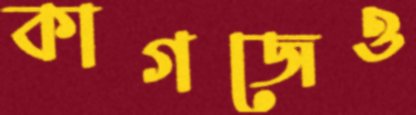
কাগজেও